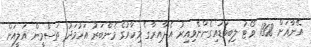
އޭނާއަށް 1308 ވޯޓު ލިބިވަޑައިގެންނެވިއިރު އެދާއިރާގ ެމިހާރުގެ މެންބަރު އަހުމަދު ތަސްމީން އަލީއަށް